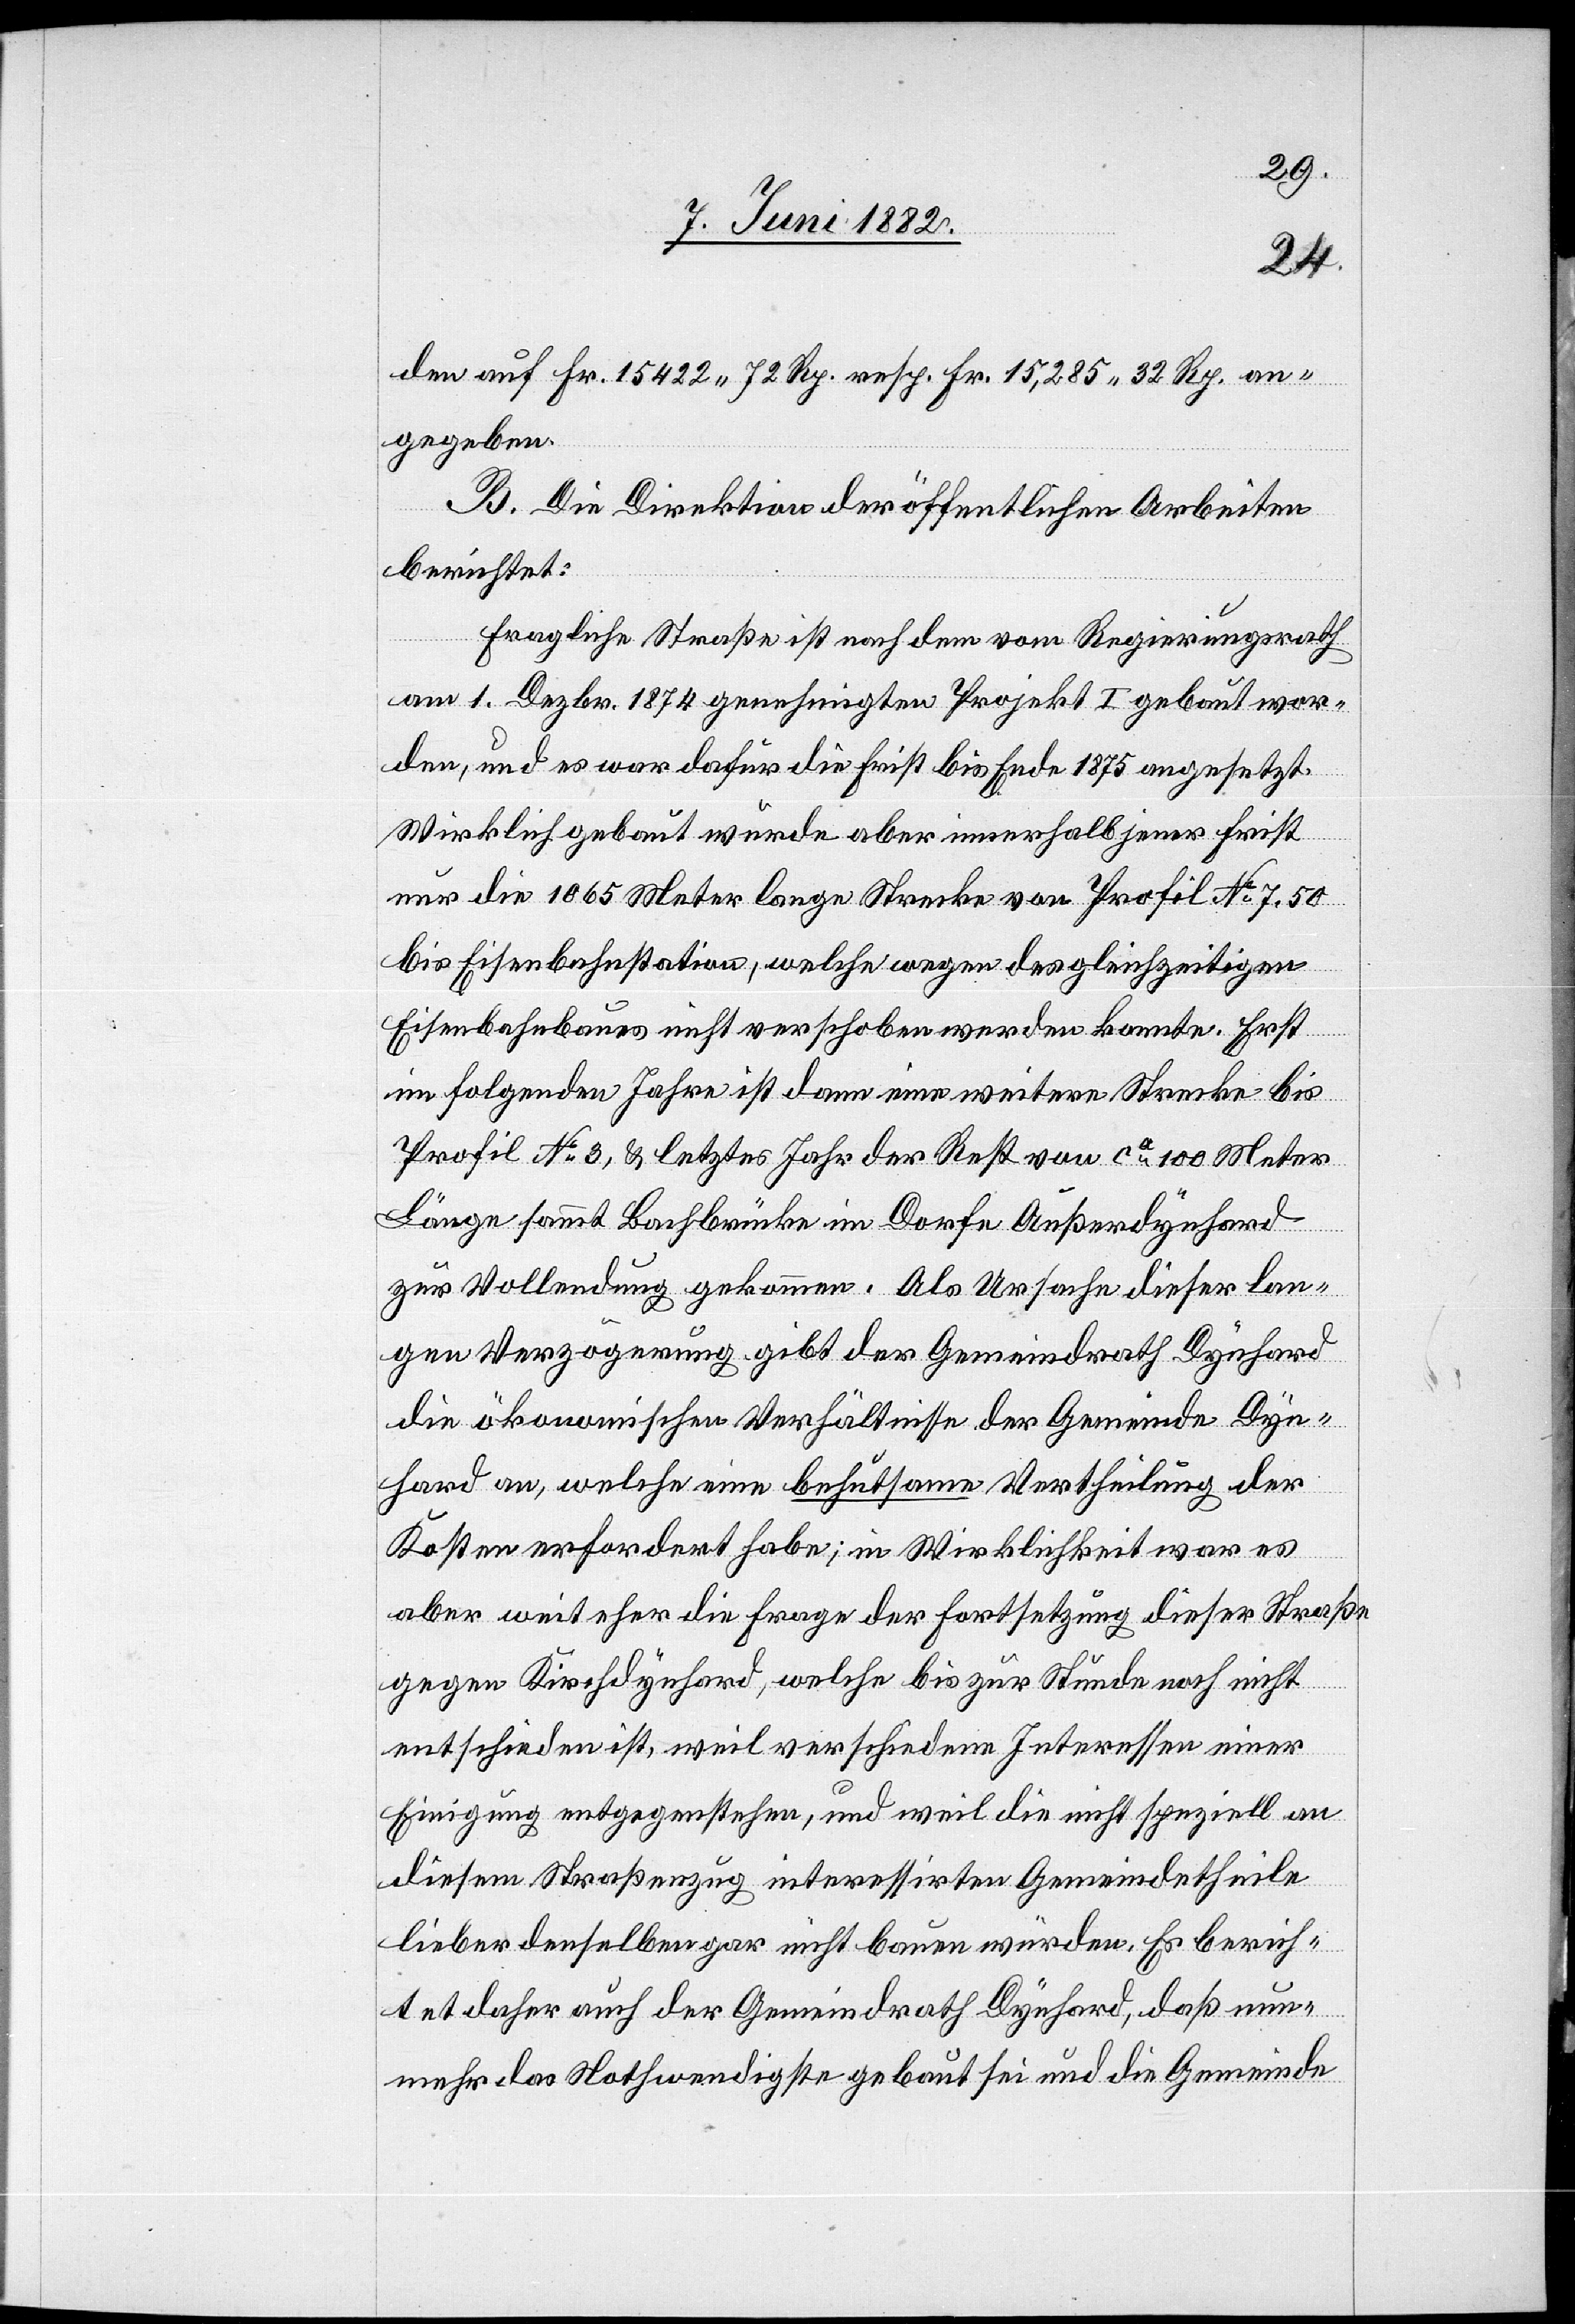
den auf Fr. 15,422 72 Rp. resp. Fr. 15,285 32 Rp. an¬
gegeben.
B. Die Direktion der öffentlichen Arbeiten
berichtet:
Fragliche Straße ist nach dem vom Regierungsrath
am 1. Dezbr. 1874 genehmigten Projekt I gebaut wor¬
den, und es war dafür die Frist bis Ende 1875 angesetzt.
Wirklich gebaut wurde aber innerhalb jener Frist
nur die 1065 Meter lange Strecke von Profil No 7.50
bis Eisenbahnstation, welche wegen des gleichzeitigen
Eisenbahnbaues nicht verschoben werden konnte. Erst
im folgenden Jahre ist dann eine weitere Strecke bis
Profil No 3, & letztes Jahr der Rest von ca 100 Meter
Länge sammt Bachbrücke im Dorfe Außerdynhard
zur Vollendung gekommen. Als Ursache dieser lan¬
gen Verzögerung gibt der Gemeindrath Dynhard
die ökonomischen Verhältnisse der Gemeinde Dyn¬
hard an, welche eine behutsame Vertheilung der
Kosten erfordert habe; in Wirklichkeit war es
aber weiteher die Frage der Fortsetzung dieser Straße
gegen Kirchdynhard, welche bis zur Stunde noch nicht
entschieden ist, weil verschiedene Interessen einer
Einigung entgegenstehen, und weil die nicht speziell an
diesem Straßenzug interessierten Gemeindetheilen
lieber denselben gar nicht bauen würden. Es berich¬
tet daher auch der Gemeindrath Dynhard, daß nun¬
mehr das Nothwendigste gebaut sei und die Gemeinde